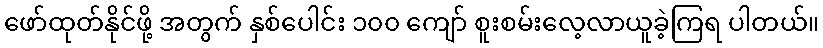
ဖော်ထုတ်နိုင်ဖို့ အတွက် နှစ်ပေါင်း ၁၀၀ ကျော် စူးစမ်းလေ့လာယူခဲ့ကြရ ပါတယ်။